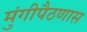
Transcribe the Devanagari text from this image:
मुंगीपैठणास